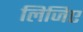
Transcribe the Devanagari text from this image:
लिजिए